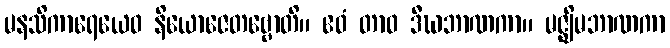
မနသိကာရေယေဝ နိယောဇေတဗ္ဗောတိ။ ဧဝံ တာဝ ဒီဃဘာဏကာ။ မဇ္ဈိမဘာဏကာ